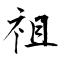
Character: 祖